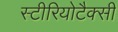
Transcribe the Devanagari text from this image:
स्टीरियोटैक्सी